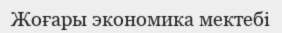
Жоғары экономика мектебі